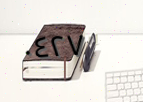
٠٤٢٧